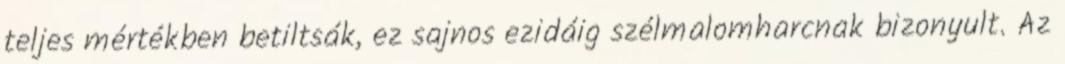
teljes mértékben betiltsák, ez sajnos ezidáig szélmalomharcnak bizonyult. Az